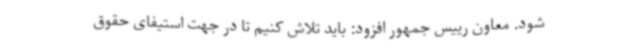
شود. معاون رییس جمهور افزود: باید تلاش کنیم تا در جهت استیفای حقوق